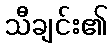
သီချင်း၏